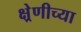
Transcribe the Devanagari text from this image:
क्ष्रेणीच्या